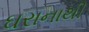
ઘરાનાથી